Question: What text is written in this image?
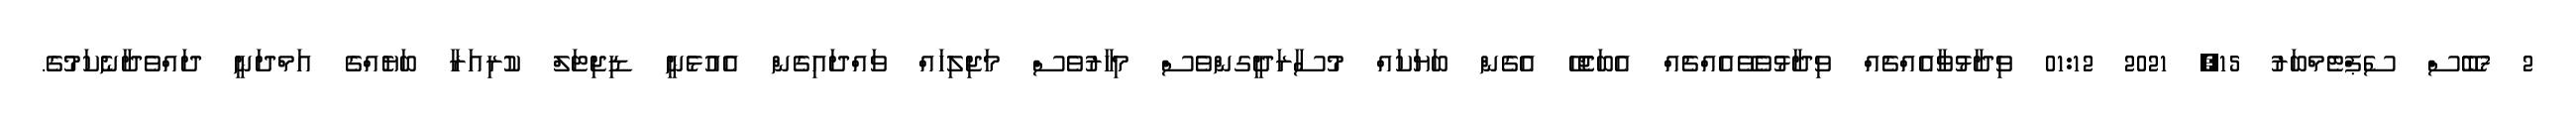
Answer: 2 7ބޭސް ސެޕްޓެމްބަރު 15, 2021 01:12 ވިދާޅުވާއެއްޗެއް ވިދާޅުވެވޭއެއްޗެއް އެބަޖެހޭ އެގެން ބަޔަކައް މުސާރަދީގންވެސް މިހާރުވެސް މަޖިލިހައް ވައްދައިގެން އެއުޅެނީ ޑިޖިޓަލް ކުރިއަރާ ބަޔެއްގެ އަމްދަނީ ދައްވެދާނެކަމުގެ.